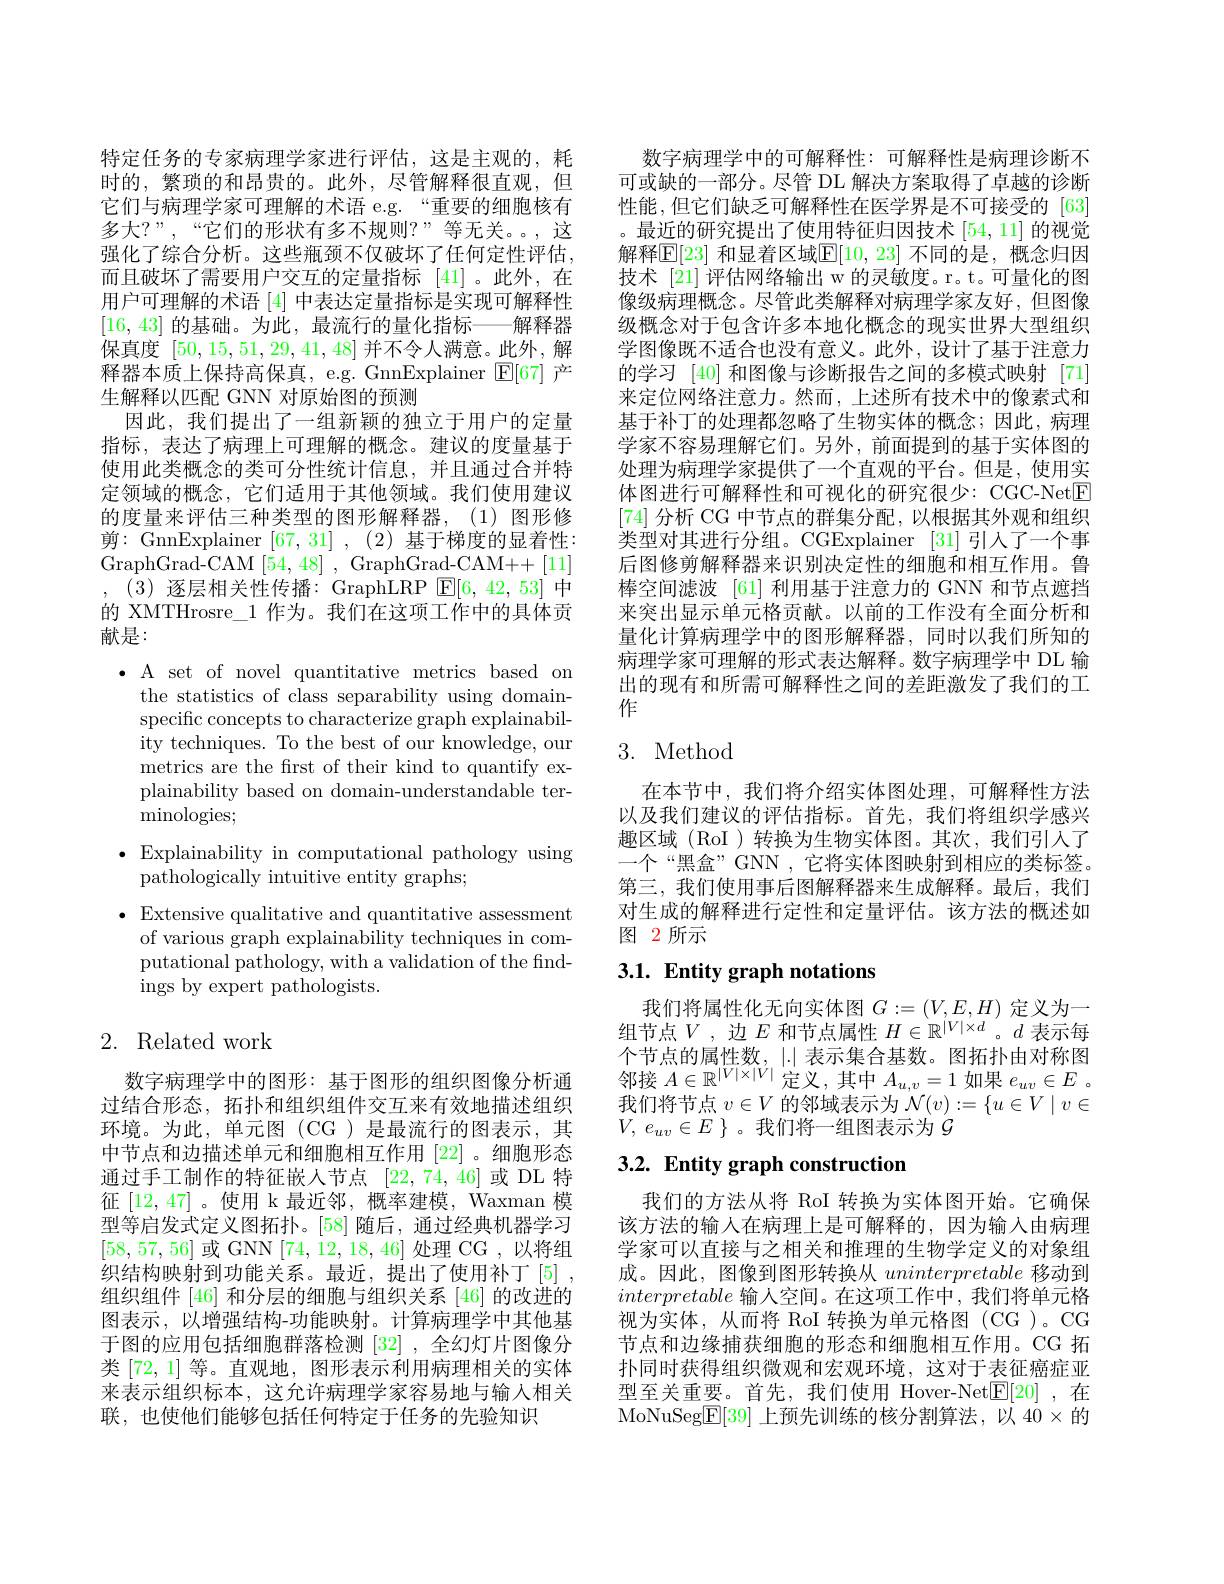
特定任务的专家病理学家进行评估，这是主观的，耗时的，繁琐的和昂贵的。此外，尽管解释很直观，但它们与病理学家可理解的术语 e.g.“重要的细胞核有多大？”,“它们的形状有多不规则？”等无关。,这强化了综合分析。这些瓶颈不仅破坏了任何定性评估， 而且破坏了需要用户交互的定量指标 [41]。此外，在用户可理解的术语[4] 中表达定量指标是实现可解释性[16,43]的基础。为此，最流行的量化指标——解释器保真度[50,15,51,29,41,48]并不令人满意。此外，解释器本质上保持高保真，e.g. GnnExplainer $\mathbb{E}[67]$产生解释以匹配 GNN 对原始图的预测
因此，我们提出了一组新颖的独立于用户的定量指标，表达了病理上可理解的概念。建议的度量基于使用此类概念的类可分性统计信息，并且通过合并特定领域的概念，它们适用于其他领域。我们使用建议的度量来评估三种类型的图形解释器，(1)图形修剪 : GnnExplainer$\left [ 67, 31\right ] , ( 2)$基于梯度的显着性： GraphGrad-CAM [54,48] , GraphGrad-CAM++[11] , (3)逐层相关性传播：GraphLRP $\boxed{\mathrm{E}}[6,42,53]$中的 XMTHrosre\_1 作为。我们在这项工作中的具体贡献是：
$\bullet$ A set of novel quantitative metrics based on
the statistics of class separability using domainspecific concepts to characterize graph explainability techniques. To the best of our knowledge, our metrics are the frst of their kind to quantify explainability based on domain-understandable terminologies;
$\bullet$ Explainability in computational pathology using
pathologically intuitive entity graphs;
$\bullet$ Extensive qualitative and quantitative assessment
of various graph explainability techniques in computational pathology, with a validation of the find-

ings by expert pathologists.

## 2. Related work

数字病理学中的图形：基于图形的组织图像分析通过结合形态，拓扑和组织组件交互来有效地描述组织环境。为此，单元图(CG)是最流行的图表示，其中节点和边描述单元和细胞相互作用[22] 。细胞形态通过手工制作的特征嵌人节点[22,74,46]或 DL 特征[12,47] 。使用 k 最近邻，概率建模，Waxman 模型等启发式定义图拓扑。[58] 随后，通过经典机器学习[58,57,56]或 GNN [74,12,18,46]处理 CG ,以将组织结构映射到功能关系。最近，提出了使用补丁[5] 组织组件[46]和分层的细胞与组织关系[46]的改进的图表示，以增强结构-功能映射。计算病理学中其他基于图的应用包括细胞群落检测[32] ,全幻灯片图像分类[72,1]等。直观地，图形表示利用病理相关的实体来表示组织标本，这允许病理学家容易地与输入相关联，也使他们能够包括任何特定于任务的先验知识

数字病理学中的可解释性：可解释性是病理诊断不可或缺的一部分。尽管 DL 解决方案取得了卓越的诊断性能，但它们缺乏可解释性在医学界是不可接受的[63] 。最近的研究提出了使用特征归因技术[54,11]的视觉解释$\overline{\mathbb{E}}[23]$ 和显着区域$\mathbb{E}[10,23]$ 不同的是，概念归因技术 [21]评估网络输出 w 的灵敏度。r。t。可量化的图像级病理概念。尽管此类解释对病理学家友好，但图像级概念对于包含许多本地化概念的现实世界大型组织学图像既不适合也没有意义。此外，设计了基于注意力的学习[40]和图像与诊断报告之间的多模式映射 [71] 来定位网络注意力。然而，上述所有技术中的像素式和基于补丁的处理都忽略了生物实体的概念；因此，病理学家不容易理解它们。另外，前面提到的基于实体图的处理为病理学家提供了一个直观的平台。但是，使用实体图进行可解释性和可视化的研究很少：CGC-NetE [74] 分析 CG 中节点的群集分配，以根据其外观和组织类型对其进行分组。CGExplainer [31] 引人了一个事后图修剪解释器来识别决定性的细胞和相互作用。鲁棒空间滤波 [61] 利用基于注意力的 GNN 和节点遮挡来突出显示单元格贡献。以前的工作没有全面分析和量化计算病理学中的图形解释器，同时以我们所知的病理学家可理解的形式表达解释。数字病理学中 DL 输出的现有和所需可解释性之间的差距激发了我们的工作

## 3. Method

在本节中，我们将介绍实体图处理，可解释性方法以及我们建议的评估指标。首先，我们将组织学感兴趣区域(RoI)转换为生物实体图。其次，我们引入了一个“黑盒” GNN ,它将实体图映射到相应的类标签。第三，我们使用事后图解释器来生成解释。最后，我们对生成的解释进行定性和定量评估。该方法的概述如图 2所示

# 3.1. Entity graph notations

$\begin{array}{c}\text{我们将属性化无向实体图 }G:=(V,E,H)&\text{定义为一}\\\text{组节点 }V\:,\text{ 边 }E\text{ 和节点属性 }H\in\mathbb{R}^{|V|\times d}&\text{。}d\text{ 表示每}\end{array}$ 个节点的属性数，|.|表示集合基数。图拓扑由对称图邻接$A\in\mathbb{R}^{|V|\times|V|}$定义，其中$A_u,v=1$如果$e_uv\in E$ 。我们将节点$v\in V$的邻域表示为$\mathcal{N}(v):=\{u\in V\mid v\in$ $V$, $e_{uv}\in E$ $\}$。我们将一组图表示为$\mathcal{G}$

# 3.2. Entity graph construction

我们的方法从将 RoI 转换为实体图开始。它确保该方法的输入在病理上是可解释的，因为输入由病理学家可以直接与之相关和推理的生物学定义的对象组成。因此，图像到图形转换从uninterpretable移动到interpretable输人空间。在这项工作中，我们将单元格视为实体，从而将 RoI 转换为单元格图(CG)。CG 节点和边缘捕获细胞的形态和细胞相互作用。CG 拓扑同时获得组织微观和宏观环境，这对于表征癌症亚型至关重要。首先，我们使用 Hover-Net$\boxed{\mathrm{F}}[20]$ ,在MoNuSeg$\underline{\mathrm{E}}[39]$ 上预先训练的核分割算法，以 40$\times$的